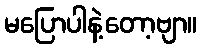
မပြောပါနဲ့တော့ဗျာ။